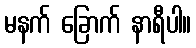
မနက် ခြောက် နာရီပါ။